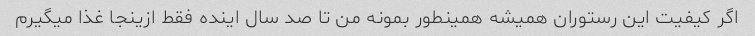
اگر کیفیت این رستوران همیشه همینطور بمونه من تا صد سال اینده فقط ازینجا غذا میگیرم